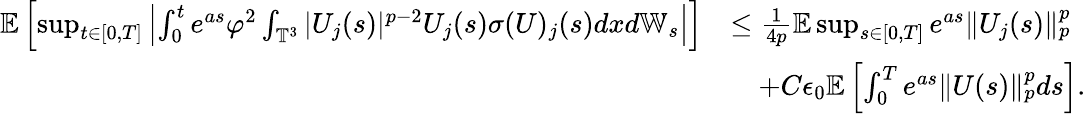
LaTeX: \begin{array}{rl}{\mathbb{E}\left[\operatorname*{sup}_{t\in[0,T]}\left|\int_{0}^{t}e^{as}\varphi^{2}\int_{\mathbb{T}^{3}}|U_{j}(s)|^{p-2}U_{j}(s)\sigma(U)_{j}(s)dxd\mathbb{W}_{s}\right|\right]}&{\leq\frac{1}{4p}\mathbb{E}\operatorname*{sup}_{s\in[0,T]}e^{as}\| U_{j}(s)\| _{p}^{p}}\\ &{\quad+C\epsilon_{0}\mathbb{E}\left[\int_{0}^{T}e^{as}\| U(s)\| _{p}^{p}ds\right].}\end{array}